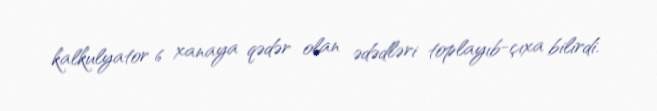
kalkulyator 6 xanaya qədər olan ədədləri toplayıb-çıxa bilirdi.